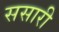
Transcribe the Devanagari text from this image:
ससारी